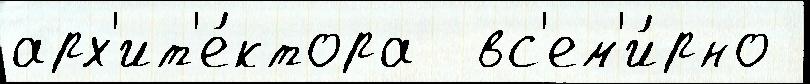
арх'ит'е́ктора  вс'ем'и́рно